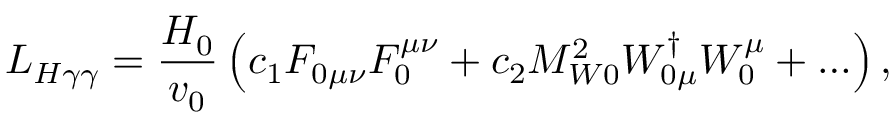
{ \cal L } _ { H \gamma \gamma } = \frac { H _ { 0 } } { v _ { 0 } } \left( c _ { 1 } F _ { 0 \mu \nu } F _ { 0 } ^ { \mu \nu } + c _ { 2 } M _ { W 0 } ^ { 2 } W _ { 0 \mu } ^ { \dag } W _ { 0 } ^ { \mu } + \ldots \right) ,